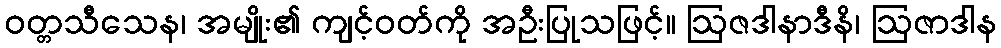
ဝတ္တသီသေန၊ အမျိုး၏ ကျင့်ဝတ်ကို အဦးပြုသဖြင့်။ ဩဇဒါနာဒီနိ၊ ဩဇာဒါန